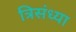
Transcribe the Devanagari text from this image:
त्रिसंध्या